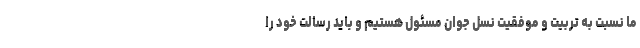
ما نسبت به تربیت و موفقیت نسل جوان مسئول هستیم و باید رسالت خود را